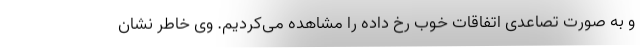
و به صورت تصاعدی اتفاقات خوب رخ داده را مشاهده می‌کردیم. وی خاطر نشان